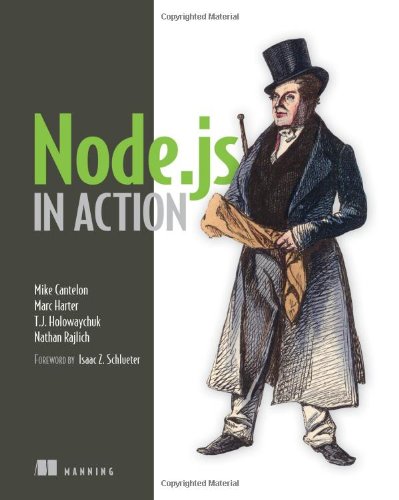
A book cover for Node.js in Action; Mike Cantelon; Computers & Technology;